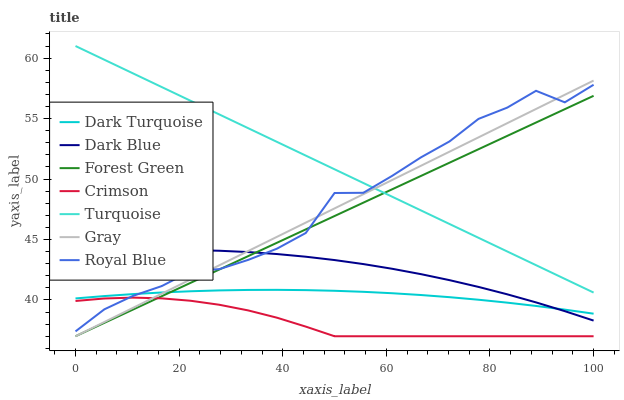
| xaxis_label | Dark Turquoise | Dark Blue | Forest Green | Crimson | Turquoise | Gray | Royal Blue |
 | --- | --- | --- | --- | --- | --- | --- | --- |
 | 0 | 40.1 | 43.8 | 37 | 39.9 | 61 | 37 | 37.4 |
 | 5.56 | 40.3 | 43.9 | 38.1 | 40.1 | 59.9 | 38.2 | 39.2 |
 | 11.1 | 40.5 | 44.1 | 39.2 | 40.2 | 58.7 | 39.3 | 40.3 |
 | 16.7 | 40.6 | 44.1 | 40.3 | 40.1 | 57.6 | 40.5 | 41.2 |
 | 22.2 | 40.7 | 44.1 | 41.4 | 39.9 | 56.5 | 41.7 | 42.4 |
 | 27.8 | 40.8 | 44.1 | 42.5 | 39.6 | 55.3 | 42.9 | 42.6 |
 | 33.3 | 40.8 | 44 | 43.6 | 39.1 | 54.2 | 44 | 43.3 |
 | 38.9 | 40.8 | 43.8 | 44.7 | 38.5 | 53.1 | 45.2 | 44.2 |
 | 44.4 | 40.8 | 43.6 | 45.8 | 37.8 | 51.9 | 46.4 | 45.5 |
 | 50 | 40.8 | 43.3 | 46.9 | 37 | 50.8 | 47.6 | 48.8 |
 | 55.6 | 40.7 | 43 | 48 | 37 | 49.7 | 48.7 | 48.9 |
 | 61.1 | 40.6 | 42.6 | 49.1 | 37 | 48.5 | 49.9 | 50.3 |
 | 66.7 | 40.4 | 42.1 | 50.3 | 37 | 47.4 | 51.1 | 51.8 |
 | 72.2 | 40.2 | 41.6 | 51.4 | 37 | 46.3 | 52.3 | 53.1 |
 | 77.8 | 40 | 41.1 | 52.5 | 37 | 45.1 | 53.4 | 55 |
 | 83.3 | 39.8 | 40.5 | 53.6 | 37 | 44 | 54.6 | 55.9 |
 | 88.9 | 39.5 | 39.8 | 54.7 | 37 | 42.9 | 55.8 | 57.3 |
 | 94.4 | 39.2 | 39.1 | 55.8 | 37 | 41.7 | 57 | 56.3 |
 | 100 | 38.9 | 38.3 | 56.9 | 37 | 40.6 | 58.1 | 57.8 |